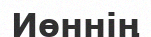
Иөннің